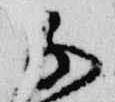
子